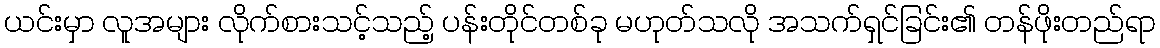
ယင်းမှာ လူအများ လိုက်စားသင့်သည့် ပန်းတိုင်တစ်ခု မဟုတ်သလို အသက်ရှင်ခြင်း၏ တန်ဖိုးတည်ရာ